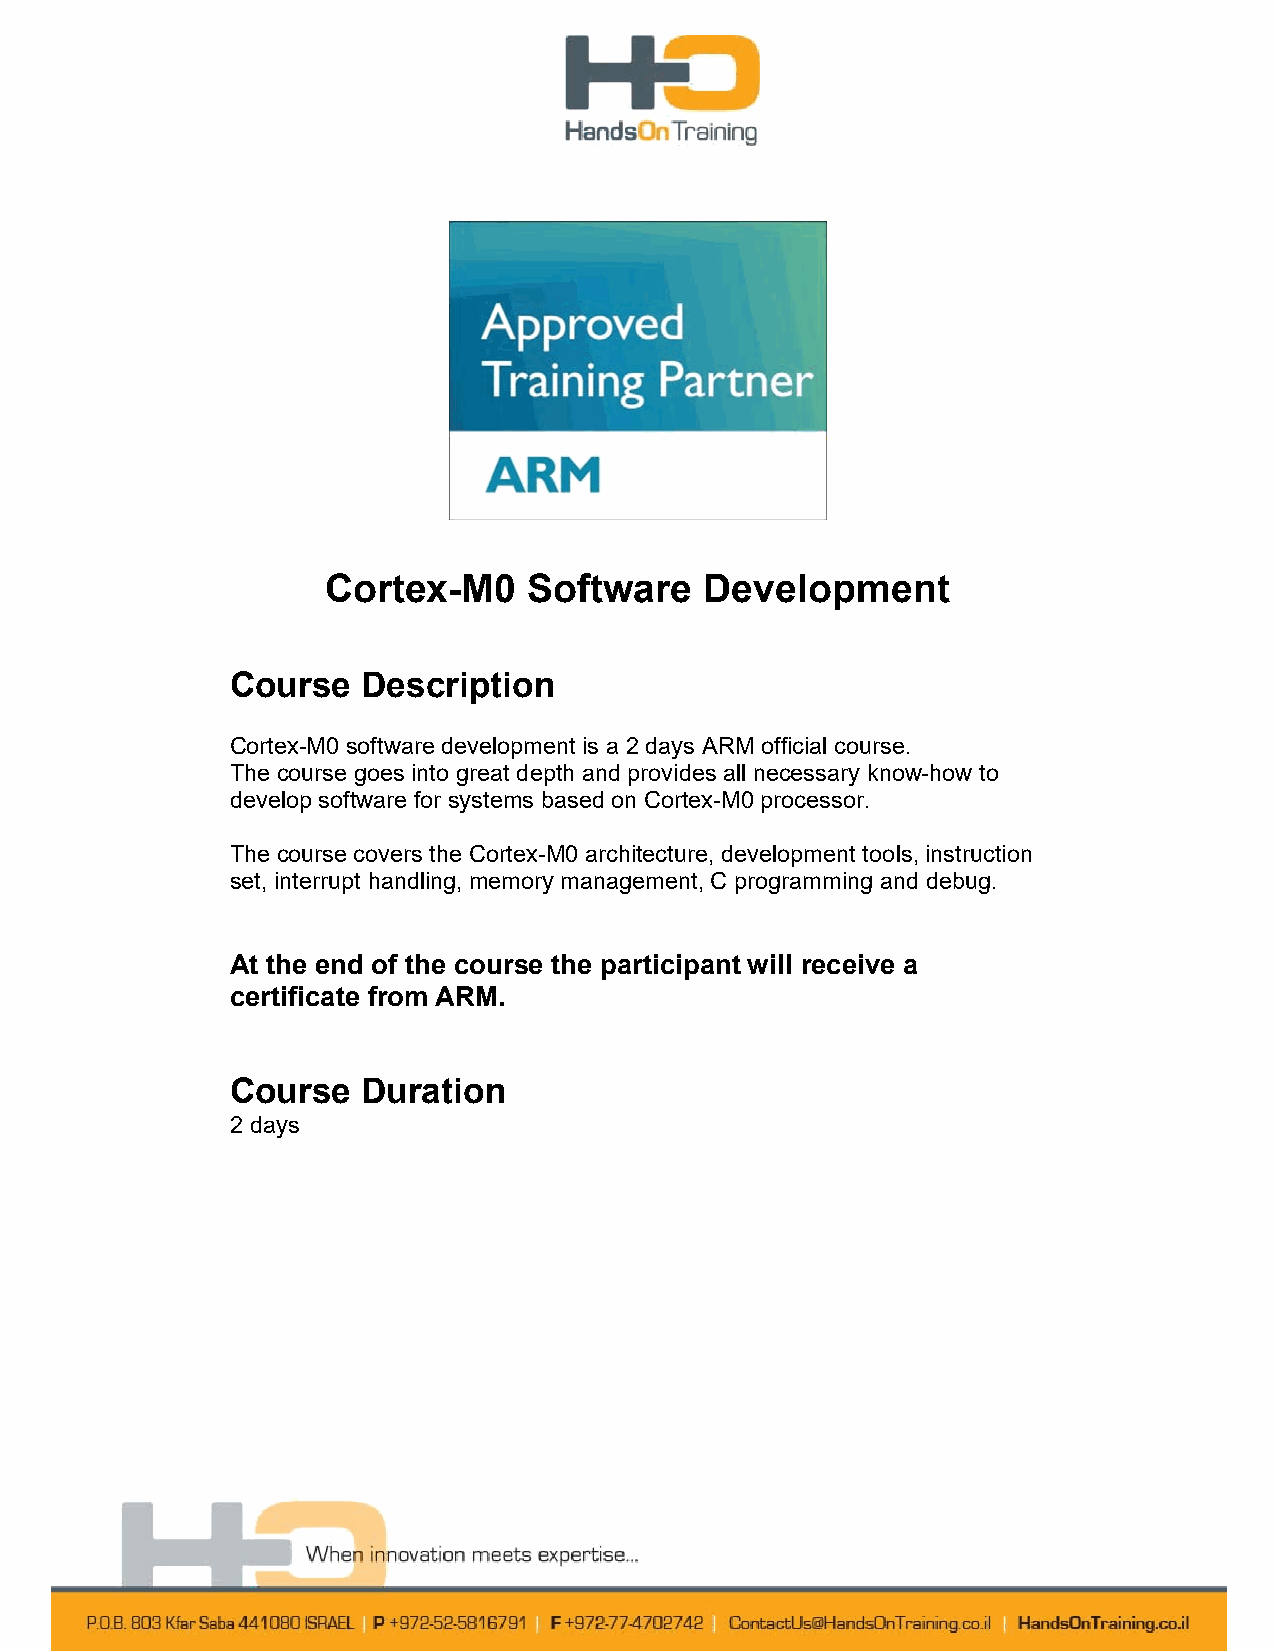
Cortex-M0    Software    Development
 Course   Description
 Cortex-M0 software development is a 2 days ARM official course.
 The course goes into great depth and provides all necessary know-how to
 develop software for systems based on Cortex-M0 processor.
 The course covers the Cortex-M0 architecture, development tools, instruction
 set, interrupt handling, memory management, C programming and debug.
 At the end of the course the participant will receive a
 certificate from ARM.
 Course   Duration
 2 days